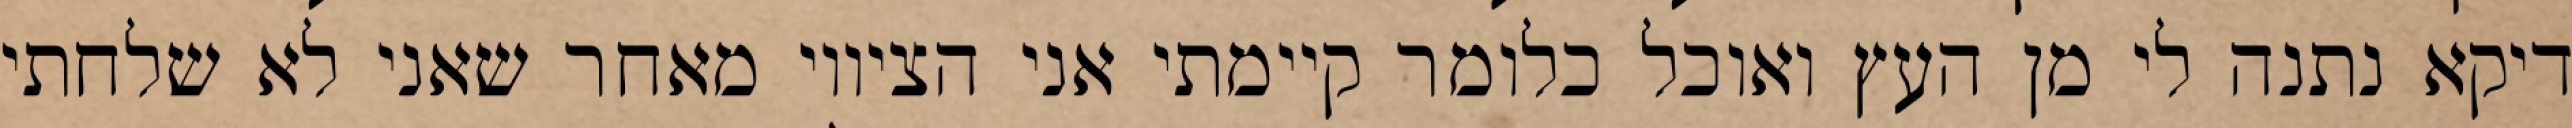
דיקא נתנה לי מן העץ ואוכל כלומר קיימתי אני הציווי מאחר שאני לא שלחתי